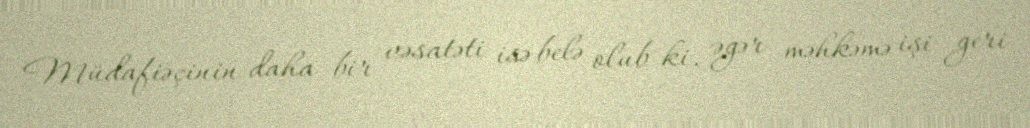
Müdafiəçinin daha bir vəsatəti isə belə olub ki, əgər məhkəmə işi geri